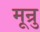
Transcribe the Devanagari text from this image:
मून्रु